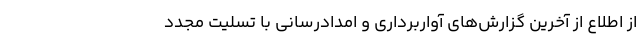
از اطلاع از آخرین گزارش‌های آواربرداری و امدادرسانی با تسلیت مجدد